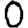
Digit: 0